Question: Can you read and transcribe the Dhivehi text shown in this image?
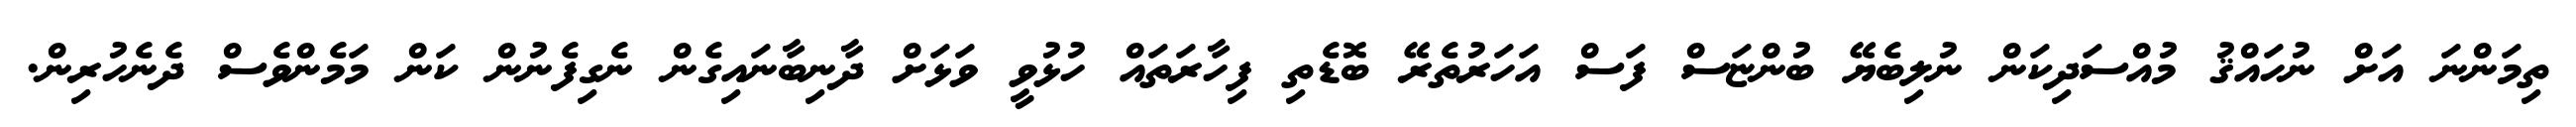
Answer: ތިމަންނަ އަށް ނުހައްޤު މުއްސަދިކަން ނުލިބެޔޭ ބުންޏަސް ފަސް އަހަރުތެރޭ ބޮޑެތި ފިހާރަތައް ހުޅުވީ ވަޅަށް ދާނިބާނައިގެން ނެގިފެނުން ކަން މަމެންވެސް ދެނެހުރިން.